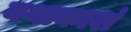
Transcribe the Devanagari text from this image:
यथाकाशं